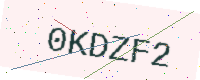
Text: 0KDZF2